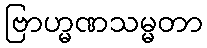
ဗြာဟ္မဏသမ္မတာ